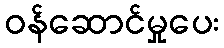
ဝန်ဆောင်မှုပေး